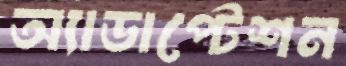
অ্যাডাপ্টেশন